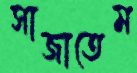
সাজাতেম